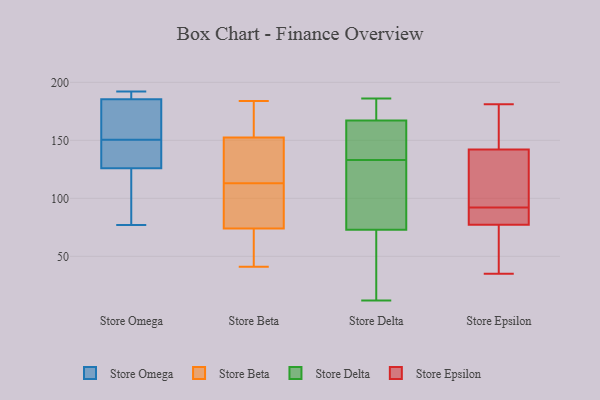
{"axis": {"x": "Market Share (%)", "y": "Value"}, "legend": ["Store Beta", "Store Delta", "Store Epsilon", "Store Omega"], "data": [{"x": "", "y": 150, "type": "Store Omega"}, {"x": "", "y": 151, "type": "Store Omega"}, {"x": "", "y": 191, "type": "Store Omega"}, {"x": "", "y": 184, "type": "Store Omega"}, {"x": "", "y": 115, "type": "Store Omega"}, {"x": "", "y": 187, "type": "Store Omega"}, {"x": "", "y": 192, "type": "Store Omega"}, {"x": "", "y": 77, "type": "Store Omega"}, {"x": "", "y": 121, "type": "Store Omega"}, {"x": "", "y": 132, "type": "Store Omega"}, {"x": "", "y": 170, "type": "Store Omega"}, {"x": "", "y": 131, "type": "Store Omega"}, {"x": "", "y": 147, "type": "Store Beta"}, {"x": "", "y": 41, "type": "Store Beta"}, {"x": "", "y": 160, "type": "Store Beta"}, {"x": "", "y": 113, "type": "Store Beta"}, {"x": "", "y": 154, "type": "Store Beta"}, {"x": "", "y": 75, "type": "Store Beta"}, {"x": "", "y": 62, "type": "Store Beta"}, {"x": "", "y": 119, "type": "Store Beta"}, {"x": "", "y": 152, "type": "Store Beta"}, {"x": "", "y": 77, "type": "Store Beta"}, {"x": "", "y": 184, "type": "Store Beta"}, {"x": "", "y": 110, "type": "Store Beta"}, {"x": "", "y": 71, "type": "Store Beta"}, {"x": "", "y": 161, "type": "Store Delta"}, {"x": "", "y": 176, "type": "Store Delta"}, {"x": "", "y": 184, "type": "Store Delta"}, {"x": "", "y": 156, "type": "Store Delta"}, {"x": "", "y": 70, "type": "Store Delta"}, {"x": "", "y": 123, "type": "Store Delta"}, {"x": "", "y": 82, "type": "Store Delta"}, {"x": "", "y": 114, "type": "Store Delta"}, {"x": "", "y": 133, "type": "Store Delta"}, {"x": "", "y": 136, "type": "Store Delta"}, {"x": "", "y": 186, "type": "Store Delta"}, {"x": "", "y": 56, "type": "Store Delta"}, {"x": "", "y": 169, "type": "Store Delta"}, {"x": "", "y": 46, "type": "Store Delta"}, {"x": "", "y": 12, "type": "Store Delta"}, {"x": "", "y": 136, "type": "Store Epsilon"}, {"x": "", "y": 88, "type": "Store Epsilon"}, {"x": "", "y": 113, "type": "Store Epsilon"}, {"x": "", "y": 63, "type": "Store Epsilon"}, {"x": "", "y": 57, "type": "Store Epsilon"}, {"x": "", "y": 89, "type": "Store Epsilon"}, {"x": "", "y": 65, "type": "Store Epsilon"}, {"x": "", "y": 77, "type": "Store Epsilon"}, {"x": "", "y": 172, "type": "Store Epsilon"}, {"x": "", "y": 80, "type": "Store Epsilon"}, {"x": "", "y": 92, "type": "Store Epsilon"}, {"x": "", "y": 108, "type": "Store Epsilon"}, {"x": "", "y": 151, "type": "Store Epsilon"}, {"x": "", "y": 159, "type": "Store Epsilon"}, {"x": "", "y": 35, "type": "Store Epsilon"}, {"x": "", "y": 144, "type": "Store Epsilon"}, {"x": "", "y": 115, "type": "Store Epsilon"}, {"x": "", "y": 181, "type": "Store Epsilon"}, {"x": "", "y": 78, "type": "Store Epsilon"}]}